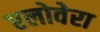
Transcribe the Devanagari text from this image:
एलोवेरा